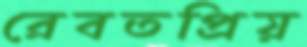
রেবতপ্রিয়